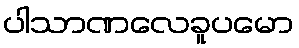
ပါသာဏလေခူပမော